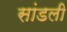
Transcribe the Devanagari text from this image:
सांडली